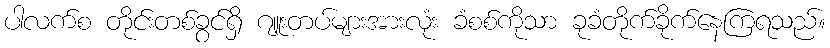
ပါလက်စ တိုင်းတစ်ခွင်ရှိ ဂျူးတပ်များအားလုံး ခံစစ်ကိုသာ ခုခံတိုက်ခိုက်နေကြရသည်။